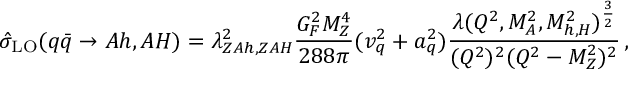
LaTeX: \hat { \sigma } _ { \mathrm { L O } } ( q \bar { q } \to A h , A H ) = \lambda _ { Z A h , Z A H } ^ { 2 } \frac { G _ { F } ^ { 2 } M _ { Z } ^ { 4 } } { 2 8 8 \pi } ( v _ { q } ^ { 2 } + a _ { q } ^ { 2 } ) \frac { \lambda ( Q ^ { 2 } , M _ { A } ^ { 2 } , M _ { h , H } ^ { 2 } ) ^ { \frac { 3 } { 2 } } } { ( Q ^ { 2 } ) ^ { 2 } ( Q ^ { 2 } - M _ { Z } ^ { 2 } ) ^ { 2 } } \, ,